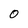
Character: 0